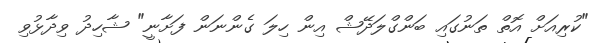
"ކުރިއަށް އޮތް ތަނުގައި ބަންގްލަދޭޝް އިން ހިލަ ގެންނަން ފަށާނީ" ޝާހިދު ވިދާޅުވި